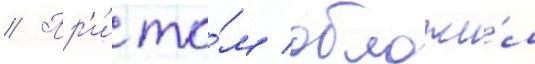
// Пр'и́ то́м обложи́л